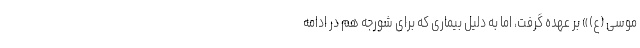
موسی (ع)» بر عهده گرفت، اما به دلیل بیماری که برای شورجه هم در ادامه